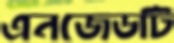
এনজেডটি